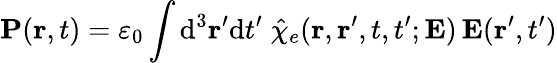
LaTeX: \mathbf{P}(\mathbf{r},t)=\varepsilon_{0}\int\mathrm{{d}}^{3}\mathbf{r}^{\prime}\mathrm{{d}}t^{\prime}\; {\hat{\chi}}_{e}(\mathbf{r},\mathbf{r}^{\prime},t,t^{\prime};\mathbf{E})\, \mathbf{E}(\mathbf{r}^{\prime},t^{\prime})